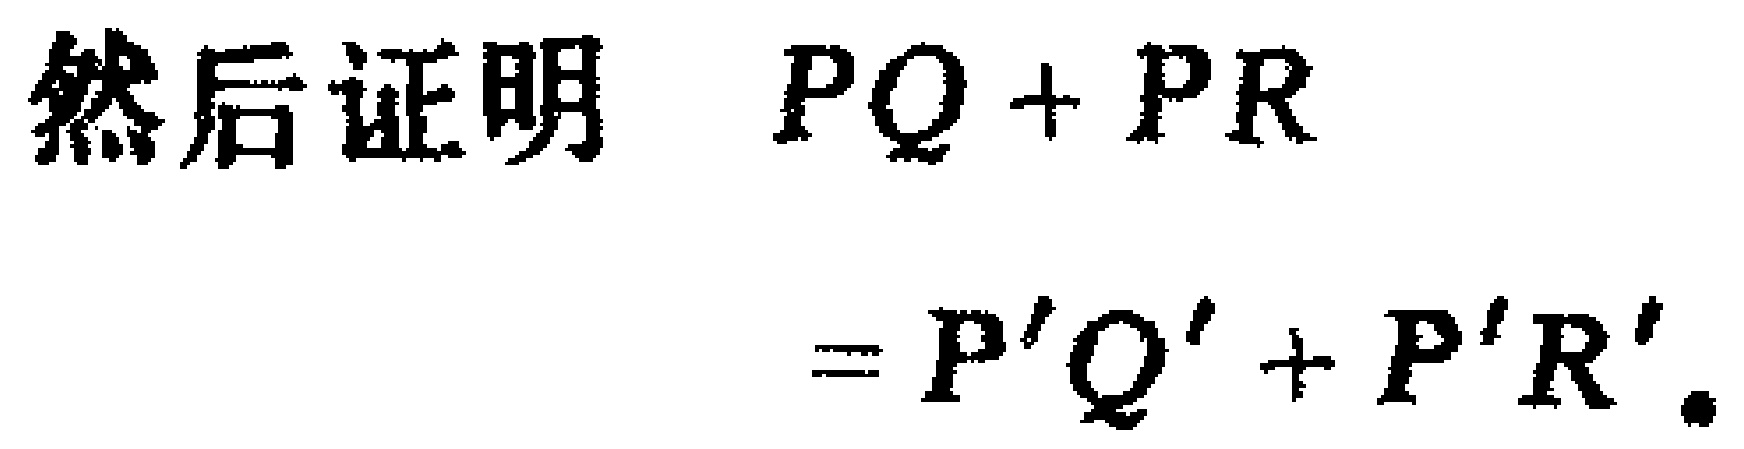
然后证明 \(PQ + PR=P'Q' + P'R'\)。